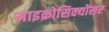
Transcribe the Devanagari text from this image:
माइक्रोसिक्योंसर